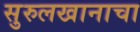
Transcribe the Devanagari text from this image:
सुरुलखानाचा